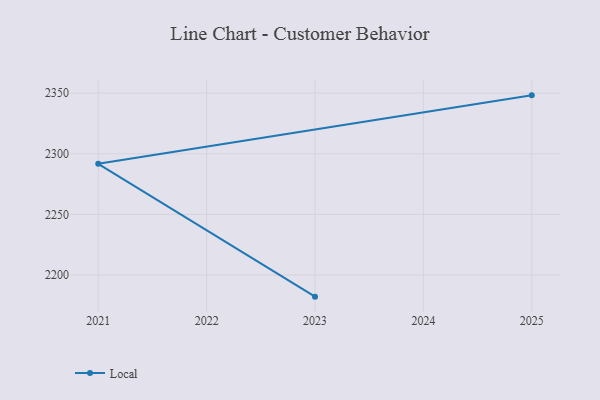
{"axis": {"x": "Year", "y": "Operating Costs (USD K)"}, "legend": ["Local"], "data": [{"x": "2025", "y": 2348.2, "type": "Local"}, {"x": "2021", "y": 2291.7, "type": "Local"}, {"x": "2023", "y": 2182.2, "type": "Local"}]}